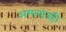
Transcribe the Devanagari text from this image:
अमलातही